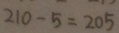
2 1 0 - 5 = 2 0 5